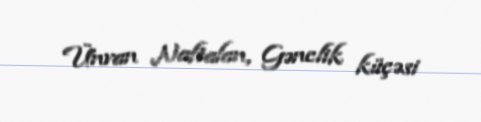
Ünvan Naftalan, Gənclik küçəsi